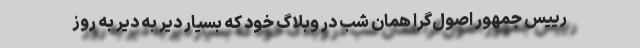
رییس جمهور اصول‌گرا همان شب در وبلاگ خود که بسیار دیر به دیر به روز